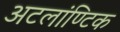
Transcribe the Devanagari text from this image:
अटलांण्टिक